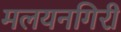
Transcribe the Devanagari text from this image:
मलयनगिरी